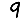
Digit: 9